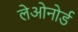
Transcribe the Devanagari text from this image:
लेओनोर्ड